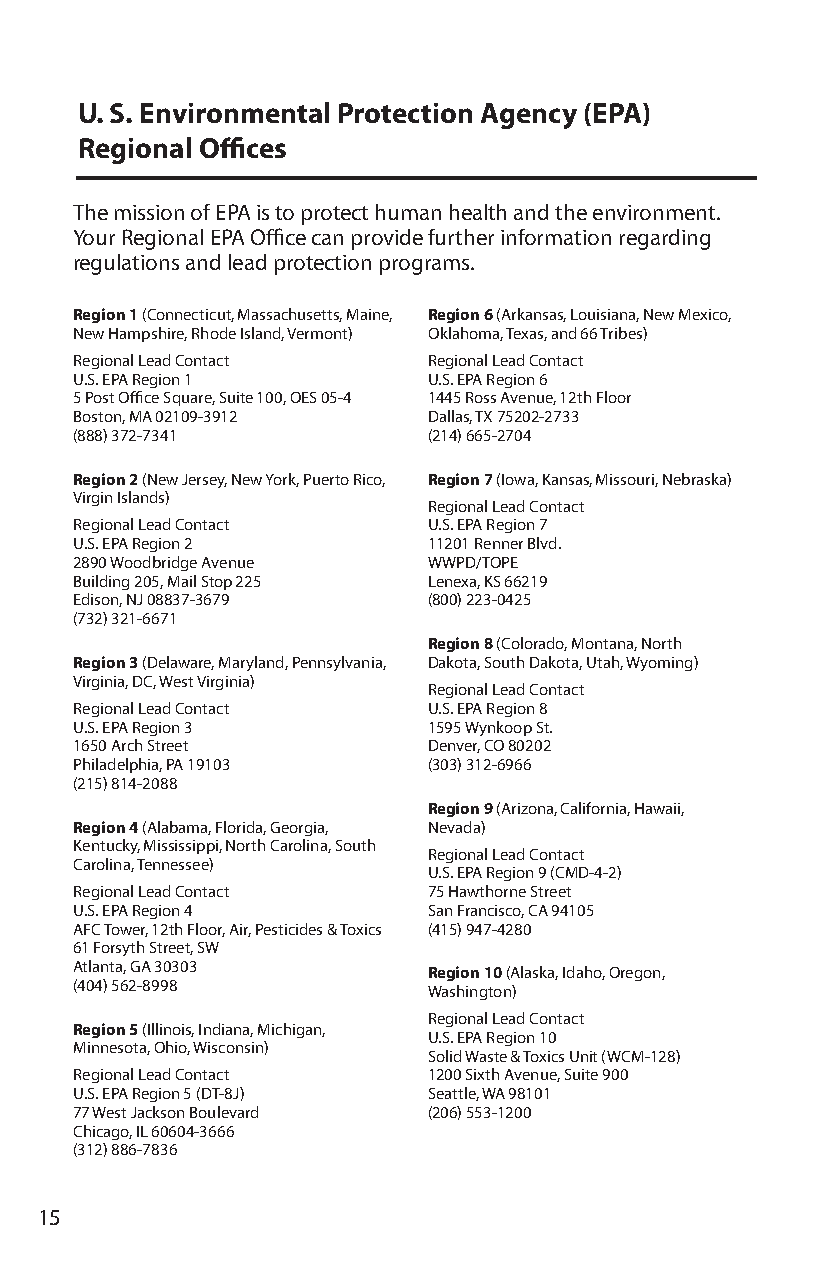
U. S. Environmental Protection Agency (EPA)
 Regional Offices
 The mission of EPA is to protect human health and the environment.
 Your Regional EPA Office can provide further information regarding
 regulations and lead protection programs.
 Region 1 (Connecticut, Massachusetts, Maine, Region 6 (Arkansas, Louisiana, New Mexico,
 New Hampshire, Rhode Island, Vermont) Oklahoma, Texas, and 66 Tribes)
 Regional Lead Contact  Regional Lead Contact
 U.S. EPA Region 1      U.S. EPA Region 6
 5 Post Office Square, Suite 100, OES 05-4 1445 Ross Avenue, 12th Floor
 Boston, MA 02109-3912  Dallas, TX 75202-2733
 (888) 372-7341         (214) 665-2704
 Region 2 (New Jersey, New York, Puerto Rico, Region 7 (Iowa, Kansas, Missouri, Nebraska)
 Virgin Islands)
 Regional Lead Contact
 Regional Lead Contact  U.S. EPA Region 7
 U.S. EPA Region 2      11201 Renner Blvd.
 2890 Woodbridge Avenue WWPD/TOPE
 Building 205, Mail Stop 225 Lenexa, KS 66219
 Edison, NJ 08837-3679  (800) 223-0425
 (732) 321-6671
 Region 8 (Colorado, Montana, North
 Region 3 (Delaware, Maryland, Pennsylvania, Dakota, South Dakota, Utah, Wyoming)
 Virginia, DC, West Virginia)
 Regional Lead Contact
 Regional Lead Contact  U.S. EPA Region 8
 U.S. EPA Region 3      1595 Wynkoop St.
 1650 Arch Street       Denver, CO 80202
 Philadelphia, PA 19103 (303) 312-6966
 (215) 814-2088
 Region 9 (Arizona, California, Hawaii,
 Region 4 (Alabama, Florida, Georgia, Nevada)
 Kentucky, Mississippi, North Carolina, South
 Regional Lead Contact
 Carolina, Tennessee)
 U.S. EPA Region 9 (CMD-4-2)
 Regional Lead Contact  75 Hawthorne Street
 U.S. EPA Region 4      San Francisco, CA 94105
 AFC Tower, 12th Floor, Air, Pesticides & Toxics (415) 947-4280
 61 Forsyth Street, SW
 Atlanta, GA 30303      Region 10 (Alaska, Idaho, Oregon,
 (404) 562-8998         Washington)
 Regional Lead Contact
 Region 5 (Illinois, Indiana, Michigan,
 U.S. EPA Region 10
 Minnesota, Ohio, Wisconsin)
 Solid Waste & Toxics Unit (WCM-128)
 Regional Lead Contact  1200 Sixth Avenue, Suite 900
 U.S. EPA Region 5 (DT-8J) Seattle, WA 98101
 77 West Jackson Boulevard (206) 553-1200
 Chicago, IL 60604-3666
 (312) 886-7836
 15